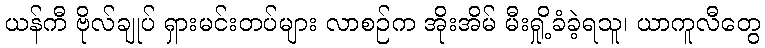
ယန်ကီ ဗိုလ်ချုပ် ရှားမင်းတပ်များ လာစဉ်က အိုးအိမ် မီးရှို့ခံခဲ့ရသူ၊ ယာကူလီတွေ